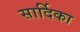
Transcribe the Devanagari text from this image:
सार्दिका